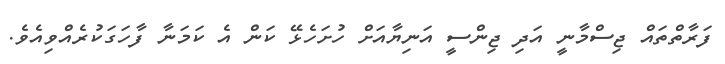
ފަރާތްތައް ޖިސްމާނީ އަދި ޖިންސީ އަނިޔާއަށް ހުށަހެޅޭ ކަން އެ ކަމަނާ ފާހަގަކުރެއްވިއެވެ.